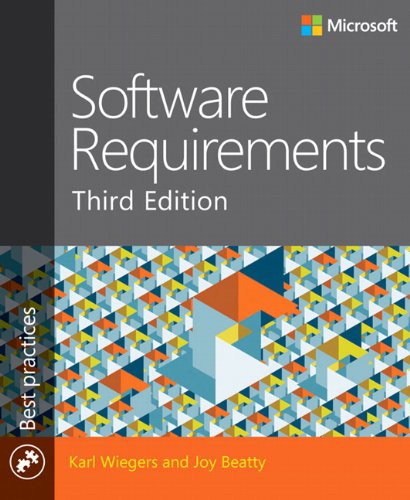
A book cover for Software Requirements (3rd Edition) (Developer Best Practices); Karl Wiegers; Computers & Technology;